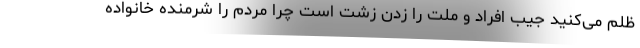
ظلم می‌کنید جیب افراد و ملت را زدن زشت است چرا مردم را شرمنده خانواده